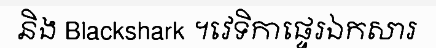
និង Blackshark ។វេទិកាផ្ទេរឯកសារ